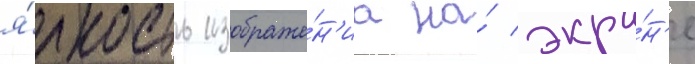
я́ркость изображе́н'иа на́ экра́н'е